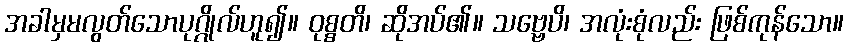
အခါမှမလွတ်သောပုဂ္ဂိုလ်ဟူ၍။ ဝုစ္စတိ၊ ဆိုအပ်၏။ သဗ္ဗေပိ၊ အလုံးစုံလည်း ဖြစ်ကုန်သော။